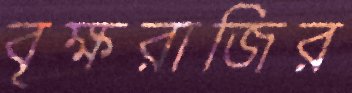
বৃক্ষরাজির